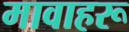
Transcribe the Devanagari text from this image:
मावाहरू